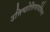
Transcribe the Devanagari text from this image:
उत्तिष्ठोत्तिष्ठगोविन्द